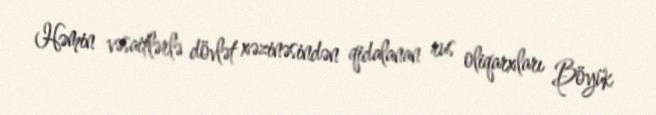
Həmin vəsaitlərlə dövlət xəzinəsindən qidalanan rus oliqarxları Böyük